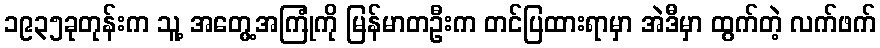
၁၉၃၅ခုတုန်းက သူ့ အတွေ့အကြုံကို မြန်မာတဦးက တင်ပြထားရာမှာ အဲဒီမှာ ထွက်တဲ့ လက်ဖက်